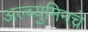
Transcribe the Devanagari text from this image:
अल्ब्युमिनचे